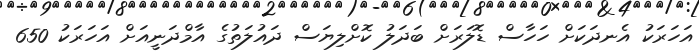
އަހަރަކު އެނދަކަށް ހަހާސް ޑޮލަރަށް ބަދަލު ކޮށްލިޔަސް ދައުލަތުގެ އާމްދަނީއަށް އަހަރަކު 650